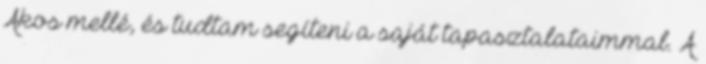
Ákos mellé, és tudtam segíteni a saját tapasztalataimmal. A